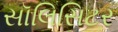
સૉલિસિટર